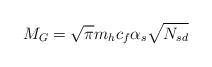
LaTeX: \begin{align*}M_G = \sqrt{\pi} m_h c_f \alpha_s \sqrt{N_{sd}}\end{align*}